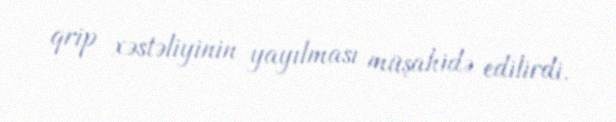
qrip xəstəliyinin yayılması müşahidə edilirdi.